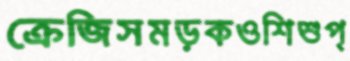
ক্রেজিসমড়কওশিশুপ্